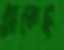
মেতেছ